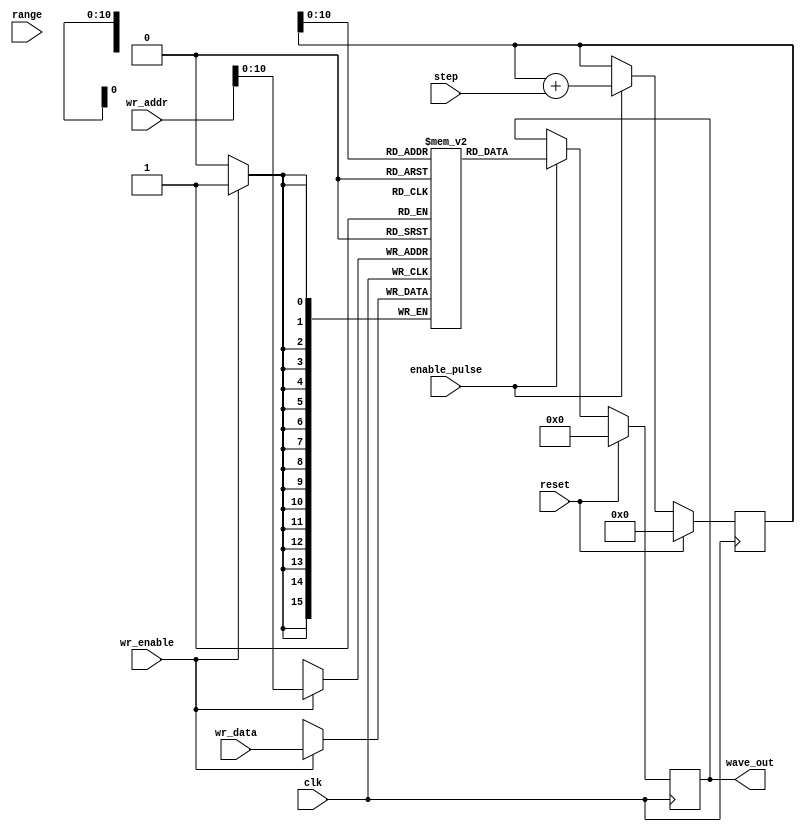
// Copyright goes here ;)
// sinegen.v Sine wave generator

module arb_wavegen #(
parameter OUTPUT_WIDTH = 16
)(
input wire clk,
input wire reset,
input wire enable_pulse, // Acts as a clock divider
input wire [11:0] step, // Acts as a clock multiplier
input wire [11:0] range,
input wire [11:0] wr_addr,
input wire [OUTPUT_WIDTH-1:0] wr_data,
input wire wr_enable,
output wire [OUTPUT_WIDTH-1:0] wave_out
);

reg [15:0] wave_ram [0:2047];
reg [11:0] rd_addr;
reg [15:0] out_value;

assign wave_out = out_value;

// Pseudo-dual port RAM (as in ice40)
// TODO: Implement range checking
always @(posedge clk) begin
	if (wr_enable) begin
		wave_ram[wr_addr] <= wr_data;
	end
	if (enable_pulse) begin
		rd_addr <= rd_addr + step;
		out_value <= wave_ram[rd_addr];
	end
	if (reset) begin
		rd_addr <= 12'b0;
		out_value <= {OUTPUT_WIDTH-1{1'b0}};
	end
end

endmodule